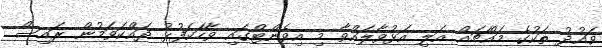
ވައުދު ތަކުގެ މައްޗައް އަލި އަޅުވާލައްވާ މި އިވެންޓްގައި ވާހަކަފުޅު ދައްކަވަމުން ރައިސް